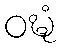
ဝဍ္ဎံ